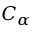
C _ { \alpha }